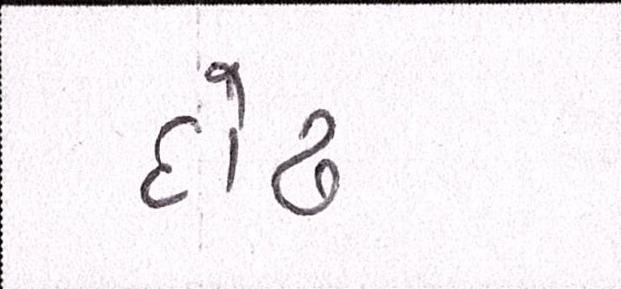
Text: દોઢ